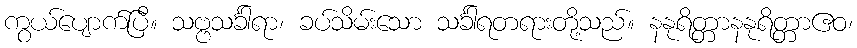
ကွယ်ပျောက်ပြီ။ သဗ္ဗသင်္ခါရာ၊ ခပ်သိမ်းသော သင်္ခါရတရားတို့သည်။ နနုရိတ္တာနနုရိတ္တာဧဝ၊